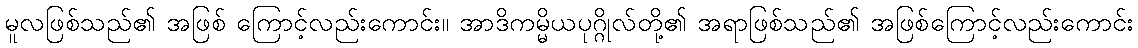
မူလဖြစ်သည်၏ အဖြစ် ကြောင့်လည်းကောင်း။ အာဒိကမ္မိယပုဂ္ဂိုလ်တို့၏ အရာဖြစ်သည်၏ အဖြစ်ကြောင့်လည်းကောင်း